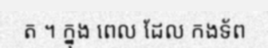
ត ។ ក្នុង ពេល ដែល កងទ័ព